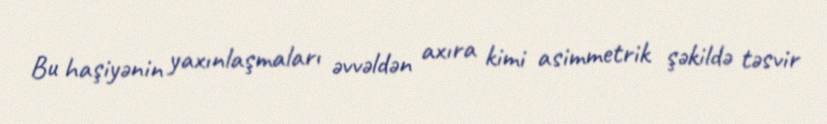
Bu haşiyənin yaxınlaşmaları əvvəldən axıra kimi asimmetrik şəkildə təsvir